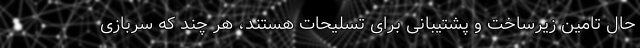
حال تامین زیرساخت و پشتیبانی برای تسلیحات هستند، هر چند که سربازی